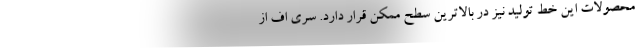
محصولات این خط تولید نیز در بالاترین سطح ممکن قرار دارد. سری اف از